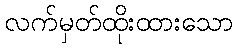
လက်မှတ်ထိုးထားသော